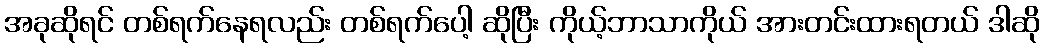
အခုဆိုရင် တစ်ရက်နေရလည်း တစ်ရက်ပေါ့ ဆိုပြီး ကိုယ့်ဘာသာကိုယ် အားတင်းထားရတယ် ဒါဆို